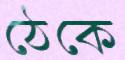
ঠেকে